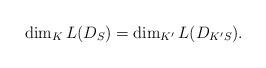
LaTeX: \begin{align*} \dim_KL(D_S) = \dim_{K'}L(D_{K'S}). \end{align*}